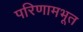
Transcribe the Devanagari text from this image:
परिणामभूत